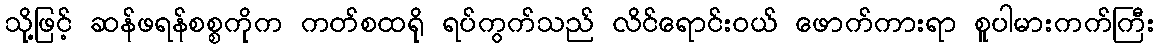
သို့ဖြင့် ဆန်ဖရန်စစ္စကိုက ကတ်စထရို ရပ်ကွက်သည် လိင်ရောင်းဝယ် ဖောက်ကားရာ စူပါမားကက်ကြီး